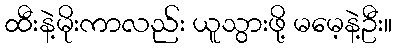
ထီးနဲ့မိုးကာလည်း ယူသွားဖို့ မမေ့နဲ့ဦး။